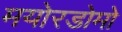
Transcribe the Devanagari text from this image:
मयोरडोमो